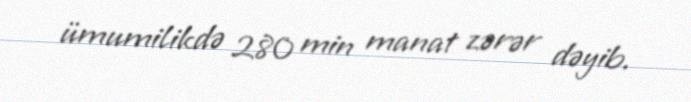
ümumilikdə 280 min manat zərər dəyib.